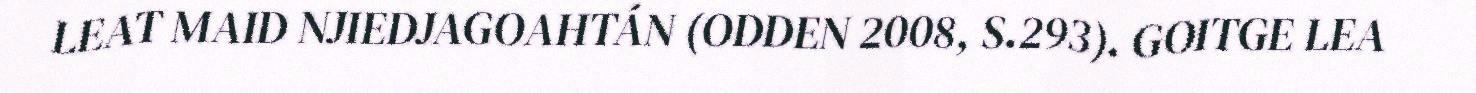
LEAT MAID NJIEDJAGOAHTÁN (ODDEN 2008, S.293). GOITGE LEA